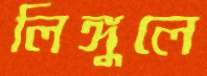
লিঙ্গুলে